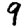
Digit: 9